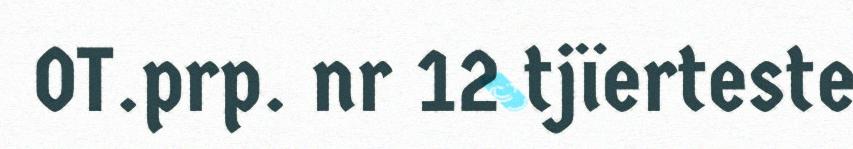
OT.prp. nr 12 tjïerteste